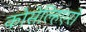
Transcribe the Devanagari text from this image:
कोसेल्हिएरो